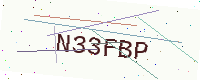
Text: N33FBP